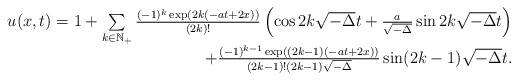
\begin{align*} \begin{array}{r} u(x,t)=1+\sum\limits_{k\in \mathbb{N}_+}\frac{(-1)^k\exp\left(2k(-at+2x)\right)}{(2k)!}\left( \cos2k\sqrt{-\Delta}t+\frac{a}{\sqrt{-\Delta}}\sin2k\sqrt{-\Delta}t\right)\\ +\frac{(-1)^{k-1}\exp\left((2k-1)(-at+2x)\right)}{(2k-1)!(2k-1)\sqrt{-\Delta}}\sin(2k-1)\sqrt{-\Delta}t. \end{array} \end{align*}